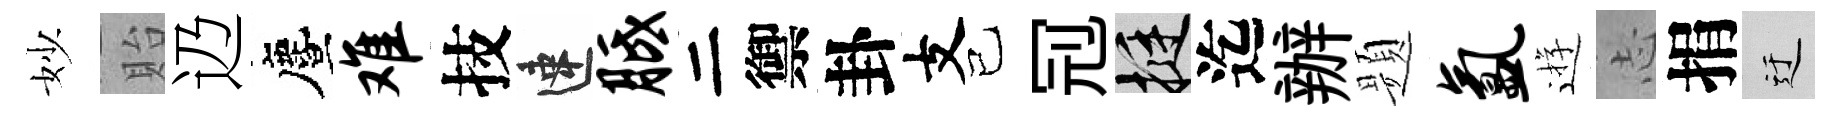
妙貽辸󵨌难技速胝二禦卦支已𠜍挺迄辦题氲逰𢖽捐迂